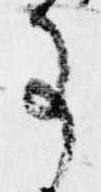
事